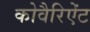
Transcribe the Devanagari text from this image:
कोवैरिऐंट